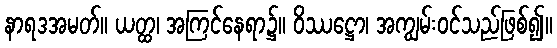
နာရဒအမတ်။ ယတ္ထ၊ အကြင်နေရာ၌။ ဝိဿဋ္ဌော၊ အကျွမ်းဝင်သည်ဖြစ်၍။